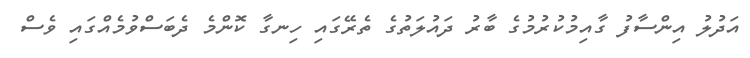
އަދުލު އިންސާފު ގާއިމުކުރުމުގެ ބާރު ދައުލަތުގެ ތެރޭގައި ހިނގާ ކޮންމެ ދެބަސްވުމެއްގައި ވެސް